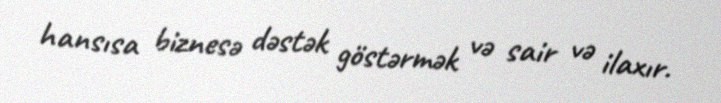
hansısa biznesə dəstək göstərmək və sair və ilaxır.